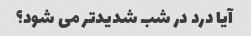
آیا درد در شب شدیدتر می شود؟